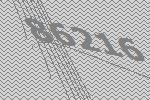
86216